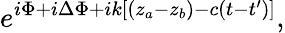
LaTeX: e^{i\Phi+i\Delta\Phi+ik\left[(z_{a}-z_{b})-c\left(t-t^{\prime}\right)\right]},